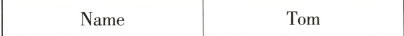
Name Tom